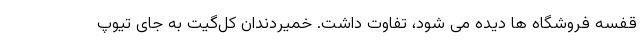
قفسه فروشگاه ها دیده می شود، تفاوت داشت. خمیردندان کل‌گیت به جای تیوپ